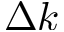
\Delta k